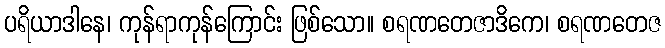
ပရိယာဒါနေ၊ ကုန်ရာကုန်ကြောင်း ဖြစ်သော။ စရဏတေဇာဒိကေ၊ စရဏတေဇ